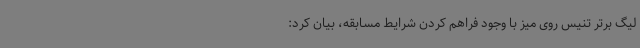
لیگ برتر تنیس روی میز با وجود فراهم کردن شرایط مسابقه، بیان کرد: